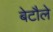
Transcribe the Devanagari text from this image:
बेटौले